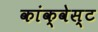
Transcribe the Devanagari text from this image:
कांक्वेस्ट